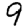
Digit: 9